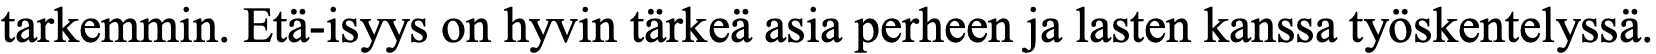
tarkemmin. Etä-isyys on hyvin tärkeä asia perheen ja lasten kanssa työskentelyssä.